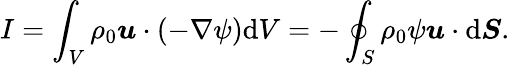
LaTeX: I=\int_{V}\rho_{0}\boldsymbol{u}\cdot(-\nabla\psi)\mathrm{d}V=-\oint_{S}\rho_{0}\psi\boldsymbol{u}\cdot\mathrm{d}\boldsymbol{S}.